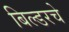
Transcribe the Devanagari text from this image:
बिल्डरचे